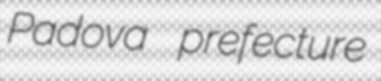
Padova prefecture